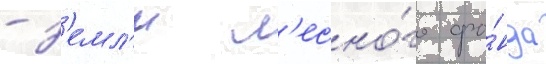
- з'емл'и л'есно́го фо́нда